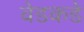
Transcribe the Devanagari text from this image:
वेडकडे